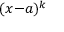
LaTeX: ( x { - } a ) ^ { k }